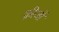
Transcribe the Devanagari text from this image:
क्रीजों